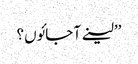
’’لینے آ جائوں؟